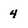
Character: 4